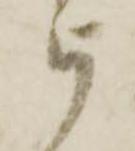
被